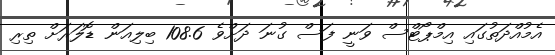
އެމުއްދަތުގައި އިމްޕޯޓްސް ވަނީ ފަސް ގުނަ ދަށްވެ 108.6 ބިލިއަން ޑޮލަރަށް ތިރި